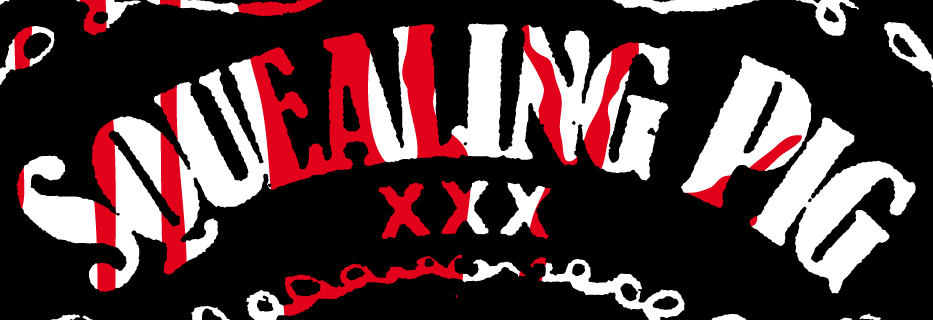
SQUEALING PIG